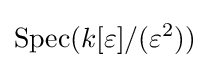
\operatorname {Spec} (k[\varepsilon ]/(\varepsilon ^{2}))